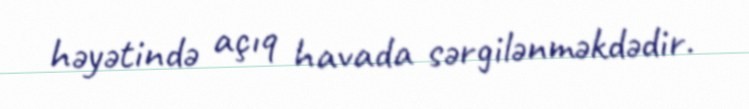
həyətində açıq havada sərgilənməkdədir.